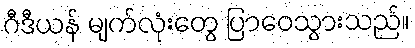
ဂီဒီယန် မျက်လုံးတွေ ပြာဝေသွားသည်။